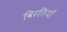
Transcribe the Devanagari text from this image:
विरतियाँ